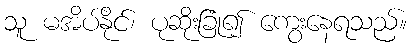
သူ မအိပ်နိုင်၊ ပုဆိုးခြုံ၍ ကွေးနေရသည်။